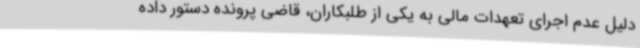
دلیل عدم اجرای تعهدات مالی به یکی از طلبکاران، قاضی پرونده دستور داده